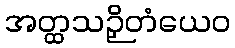
အတ္ထသဉှိတံယေဝ